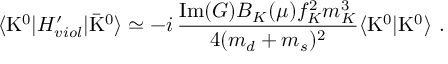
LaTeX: \langle \mathrm { K } ^ { 0 } | H _ { v i o l } ^ { \prime } | \bar { \mathrm { K } } ^ { 0 } \rangle \simeq - i \, \frac { \mathrm { I m } ( G ) B _ { K } ( \mu ) f _ { K } ^ { 2 } m _ { K } ^ { 3 } } { 4 ( m _ { d } + m _ { s } ) ^ { 2 } } \langle \mathrm { K } ^ { 0 } | { \mathrm { K } } ^ { 0 } \rangle \ .